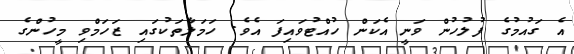
އެ ގައުމުގެ ފުލުހުން ވަނީ އެކަން ހުއްޓުވައިފަ އެވެ. ހަމަލާތަކުގައި ޒަހަމްވި މީހުންގެ